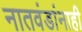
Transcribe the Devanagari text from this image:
नातवंडांनाही